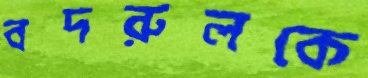
বদরুলকে